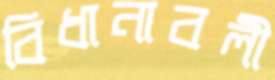
বিধানাবলী